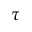
\tau